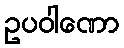
ဥပဝါဏော